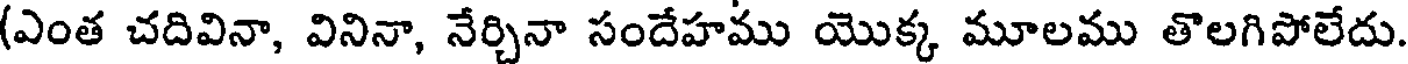
(ఎంత చదివినా, వినినా, నేర్చినా సందేహము యొక్క మూలము తొలగిపోలేదు.